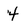
Character: 4